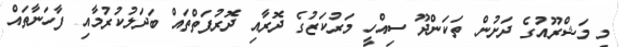
މި މަޝްރޫއުގެ ދަށުން ތަކަންދޫ ސިއްހީ މަރުކަޒުގެ ދޮރާއި ދޮރުފަތްތައް ބަދަލުކުރުމާއި ފާހަނާތައް